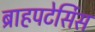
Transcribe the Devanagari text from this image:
ब्राहपटेर्सिस